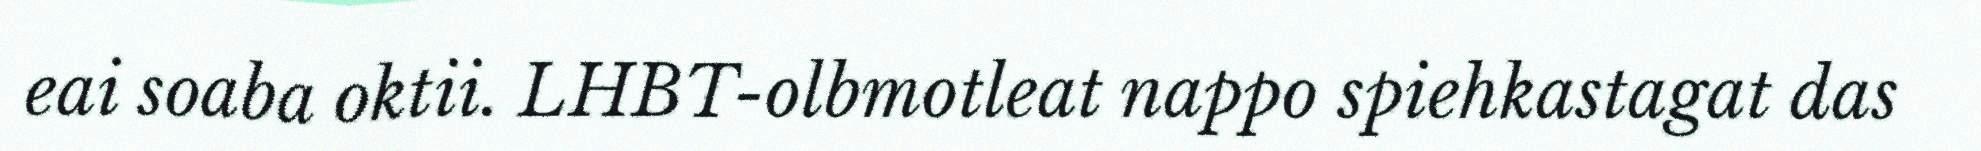
eai soaba oktii. LHBT-olbmotleat nappo spiehkastagat das